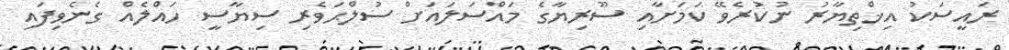
ރައީސަކު އިޚްތިޔާރު ނުކުރެވޭ ކަމަށާއި ސޫރިޔާގެ މައްސަލައަށް ސުލްޙަވެރި ސިޔާސީ ހައްލެއް ގެނެވިފައި